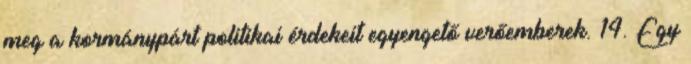
meg a kormánypárt politikai érdekeit egyengető verőemberek. 14. Egy